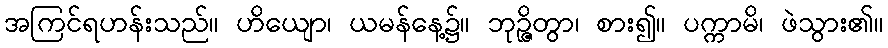
အကြင်ရဟန်းသည်။ ဟိယျော၊ ယမန်နေ့၌။ ဘုဉ္ဇိတွာ၊ စား၍။ ပက္ကာမိ၊ ဖဲသွား၏။